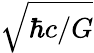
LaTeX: \sqrt{\hbar c/G}